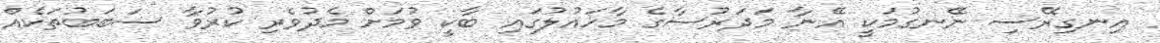
އިނގިރޭސި ނޭނގުމަކީ އޭނާ މަދަރުސާގެ މާހައުލުގައި ބާކީ ވުމަށް މެދުވެރި ކުރުވާ ސަބަބުތަކެއް